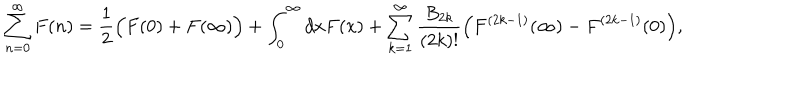
LaTeX: \sum _ { n = 0 } ^ { \infty } F ( n ) = \frac { 1 } { 2 } \Bigl ( F ( 0 ) + F ( \infty ) \Bigr ) + \int _ { 0 } ^ { \infty } d x F ( x ) + \sum _ { k = 1 } ^ { \infty } \frac { B _ { 2 k } } { ( 2 k ) ! } \Bigl ( F ^ { ( 2 k - 1 ) } ( \infty ) - F ^ { ( 2 k - 1 ) } ( 0 ) \Bigr ) ,